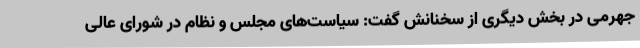
جهرمی در بخش دیگری از سخنانش گفت: سیاست‌های مجلس و نظام در شورای عالی